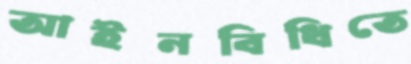
আইনবিধিতে